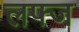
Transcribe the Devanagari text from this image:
लफ्ज